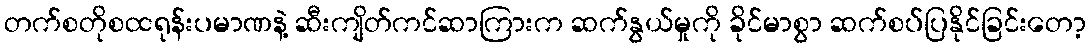
တက်စတိုစထရုန်းပမာဏနဲ့ ဆီးကျိတ်ကင်ဆာကြားက ဆက်နွယ်မှုကို ခိုင်မာစွာ ဆက်စပ်ပြနိုင်ခြင်းတော့